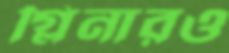
গ্লিনারও